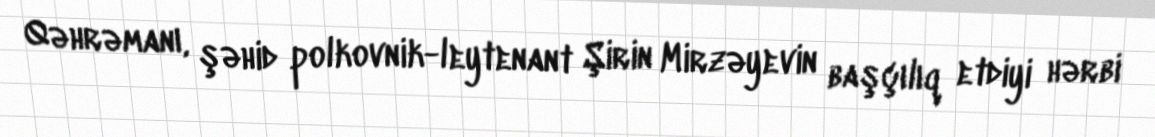
Qəhrəmanı, şəhid polkovnik-leytenant Şirin Mirzəyevin başçılıq etdiyi hərbi